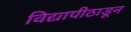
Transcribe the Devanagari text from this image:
विद्यापीठाडून